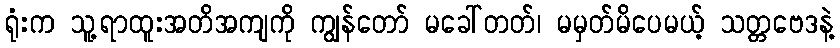
ရုံးက သူ့ရာထူးအတိအကျကို ကျွန်တော် မခေါ်တတ်၊ မမှတ်မိပေမယ့် သတ္တဗေဒနဲ့